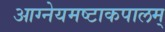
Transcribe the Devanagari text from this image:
आग्नेयमष्टाकपालम्